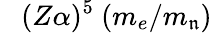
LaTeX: ~~~(Z\alpha)^{5}~(m_{e}/m_{\mathfrak{n}})